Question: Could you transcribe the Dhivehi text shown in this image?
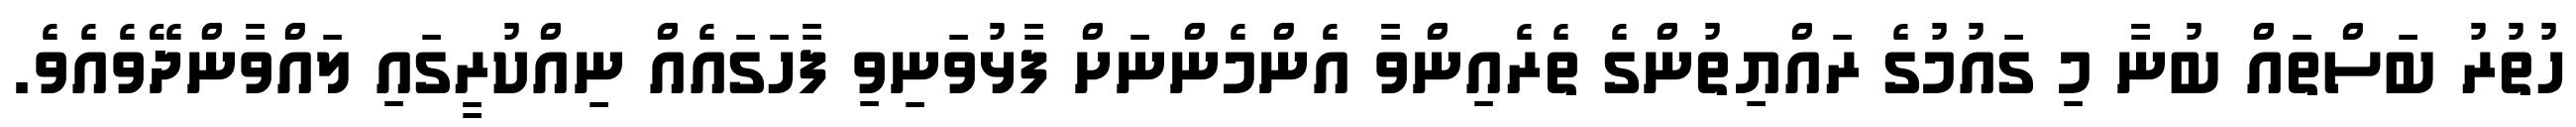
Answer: ހުތުރު ބަސްތައް ބުނާ މި ގައުމުގެ ރައްޔިތުންގެ ތެރެއިންވާ އެންމެންނަށް ފާޅުވަނިވި ފާހަގައެއް ނިއްކުރީގައި ލައްވާންދޭވެއެވެ.